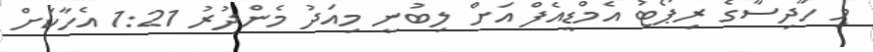
މި ހާދިސާގެ ރިޕޯޓު އެމްޑީއެފް އަށް ލިބުނީ މިއަދު މެންދުރު 1:21 އެހާކަށް